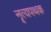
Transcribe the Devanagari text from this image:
नॄत्यपथक